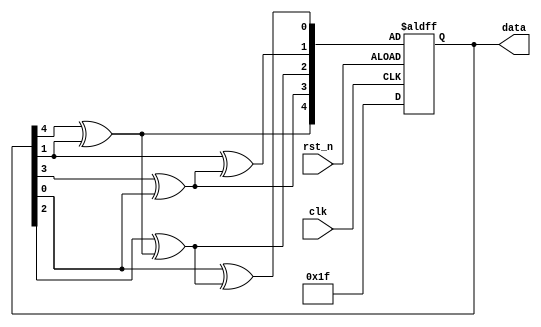
`timescale 1ns / 1ps


//module random(
//    input clk,
//    output reg [1:0] rand_num
//);
////initial rand_num = 0;
////reg [20:0] count = 280;
//always @(posedge clk) begin
////    if (count == 280)begin
////        count = 0;
//        rand_num <= $random % 4;
//        end
//    count = count + 1;
//    end

//endmodule

module random(
 
  input clk,
  input rst_n,

  output reg [4:0] data
);

reg [4:0] data_next;

always @* begin
  data_next[4] = data[4]^data[1];
  data_next[3] = data[3]^data[0];
  data_next[2] = data[2]^data_next[4];
  data_next[1] = data[1]^data_next[3];
  data_next[0] = data[0]^data_next[2];
end

always @(posedge clk or negedge rst_n)
  if(rst_n)
    data <= 5'h1f;
  else
    data <= data_next;

endmodule